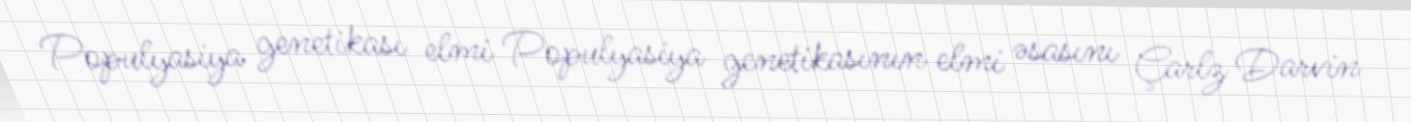
Populyasiya genetikası elmi Populyasiya genetikasının elmi əsasını Çarlz Darvin